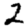
Digit: 2